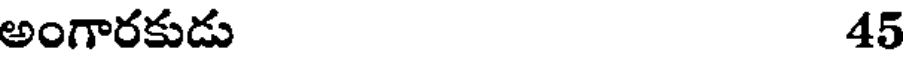
అంగారకుడు 45